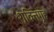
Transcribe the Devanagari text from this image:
शक्तिगृह